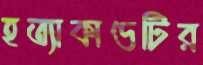
হত্যাকাণ্ডটির